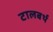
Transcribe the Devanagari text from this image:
टालबर्थ